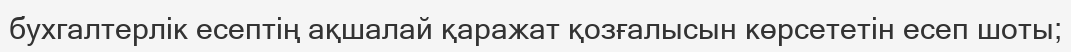
бухгалтерлік есептің ақшалай қаражат қозғалысын көрсететін есеп шоты;